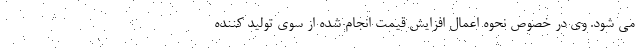
می شود. وي در خصوص نحوه اعمال افزايش قيمت انجام شده از سوي توليد كننده